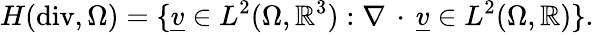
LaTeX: H(\mathrm{div},\Omega)=\{ \underline{{v}}\in L^{2}(\Omega,\mathbb{R}^{3}):\nabla\, \cdot\, \underline{{v}}\in L^{2}(\Omega,\mathbb{R})\} .